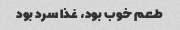
طعم خوب بود، غذا سرد بود